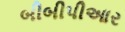
બીબીપીઆર